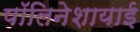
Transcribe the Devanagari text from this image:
पॉलिनेशायाई